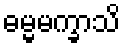
ဓမ္မမက္ခာသိ